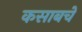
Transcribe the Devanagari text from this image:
कसाबचे